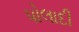
પોલાદી